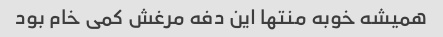
همیشه خوبه منتها این دفه مرغش کمی خام بود